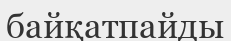
байқатпайды